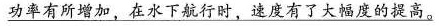
\underline{功率有所增加，在水下航行时，速度有了大幅度的提高。}